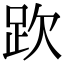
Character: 𧿞